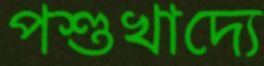
পশুখাদ্যে